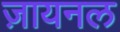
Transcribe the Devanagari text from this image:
ज़ायनल